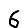
Digit: 6